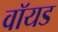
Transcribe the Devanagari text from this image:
वॉयड